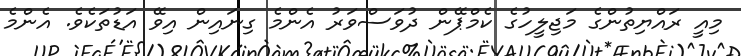
މިއީ ރައްޔިތުންގެ މަޖިލީހުގެ ކެމްޕޭން ދުވަސްވަރު އެންމެ ގިނައިން އިވޭ އަޑުތަކެވެ. އެންމެ